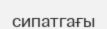
сипатгағы